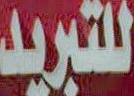
للتبريد